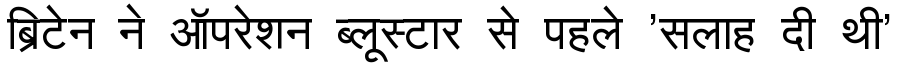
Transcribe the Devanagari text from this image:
ब्रिटेन ने ऑपरेशन ब्लूस्टार से पहले 'सलाह दी थी'